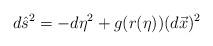
LaTeX: \begin{align*}d\hat{s}^{2}=-d\eta^{2}+g(r(\eta))(d\vec{x})^{2}\end{align*}